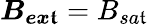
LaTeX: \boldsymbol{B_{ex\mathfrak{t}}}=B_{sa\mathfrak{t}}